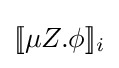
[\![\mu Z.\phi ]\!]_{i}